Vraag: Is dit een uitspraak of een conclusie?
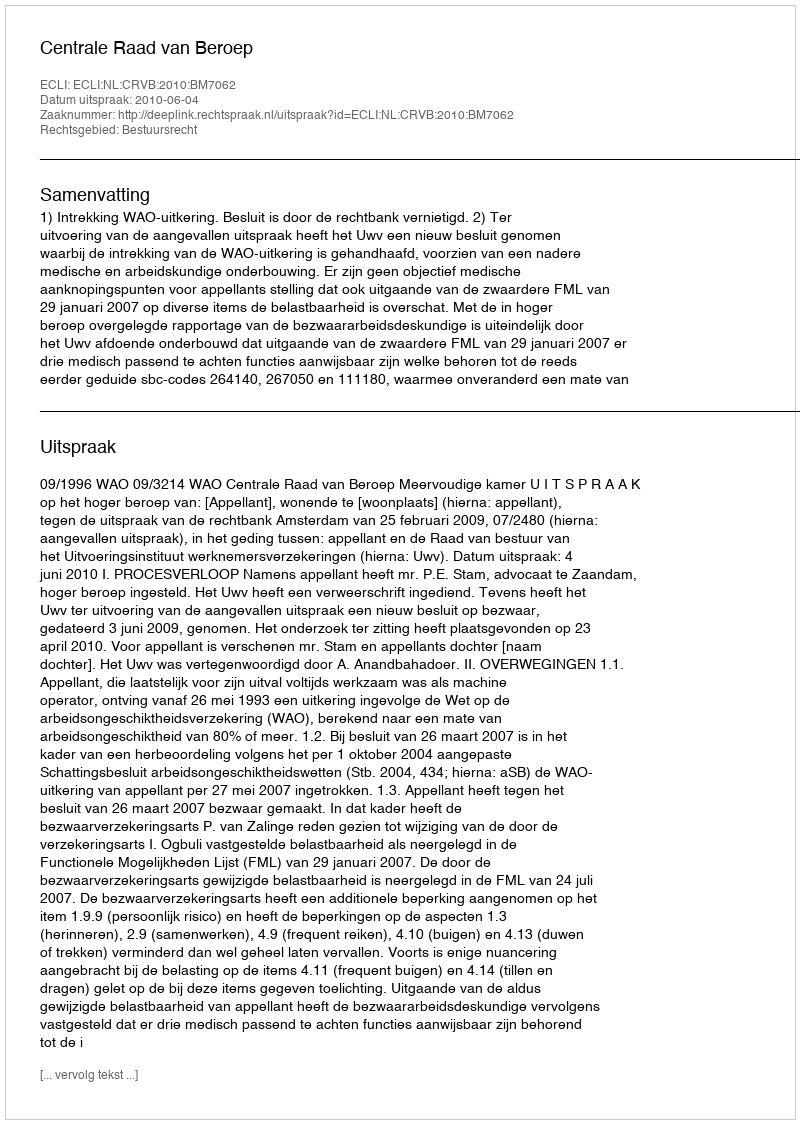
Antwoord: Uitspraak